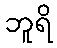
ဘူရိ